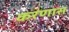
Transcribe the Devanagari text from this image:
करणास